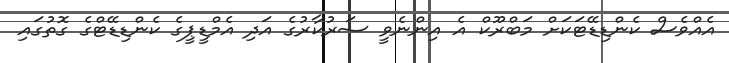
އެއްވެސް ކެންޑިޑޭޓަކަށް މަބްރޫކް އެ އިންނެވީ ސަރުކާރުގެ އަދި އެމްޑީޕީގެ ކެންޑިޑޭޓްގެ ގޮތުގައި